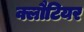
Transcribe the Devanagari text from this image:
क्लौटियर